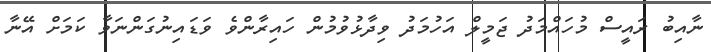
ނާއިބު ރައީސް މުހައްމަދު ޖަމީލް އަހުމަދު ވިދާޅުވުމުން ހައިރާންވެ ވަޑައިނުގަންނަވާ ކަމަށް އޭނާ